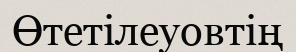
Өтетілеуовтің